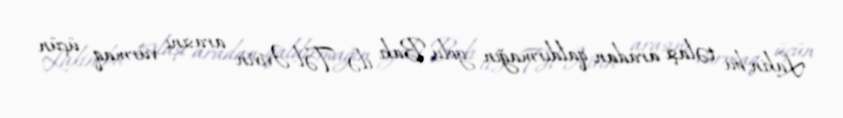
Lakin bu təlaşı aradan qaldırmağın yolu Bakı ilə Təl-Əvivin arasını vurmaq üçün